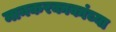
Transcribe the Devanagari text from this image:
मानकरकाकांच्या